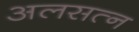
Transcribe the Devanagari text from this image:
अलसत्न